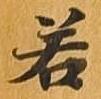
若